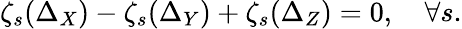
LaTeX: \zeta_{s}(\Delta_{X})-\zeta_{s}(\Delta_{Y})+\zeta_{s}(\Delta_{Z})=0,\quad\forall s.